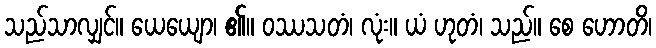
သည်သာလျှင်။ ယေယျော၊ ၏။ ဝဿသတံ၊ လုံး။ ယံ ဟုတံ၊ သည်။ စေ ဟောတိ၊